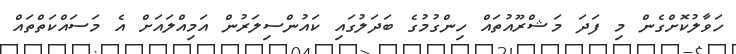
ހަވާލުކޮށްގެން މި ފަދަ މަޝްރޫއުތައް ހިންގުމުގެ ބަދަލުގައި ކައުންސިލަރުން އަމިއްލައަށް އެ މަސައްކަތްތައް